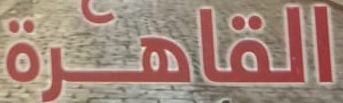
القاهرة